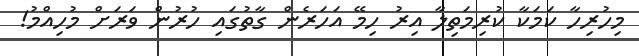
މިހުރިހާ ކަމަކާ ކުރިމަތިލާ އިރު ހިމޭ އަހަރެން ގާތުގައި ހުރުން ވަރަށް މުހިއްމު!